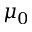
\mu _ { 0 }